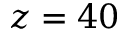
z = 4 0